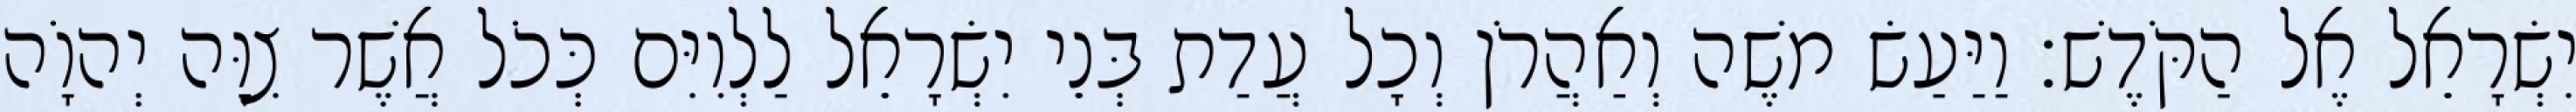
יִשְׂרָאֵל אֶל הַקֹּדֶשׁ׃ וַיַּעַשׂ משֶׁה וְאַהֲרֹן וְכָל עֲדַת בְּנֵי יִשְׂרָאֵל לַלְוִיִּם כְּכֹל אֲשֶׁר צִוָּה יְהוָֹה